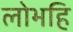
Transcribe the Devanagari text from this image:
लोभहि